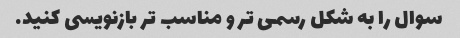
سوال را به شکل رسمی تر و مناسب تر بازنویسی کنید.